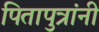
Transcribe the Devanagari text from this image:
पितापुत्रांनी